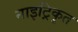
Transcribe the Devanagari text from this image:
नाइट्रिकृत